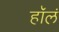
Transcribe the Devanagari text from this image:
हॉलं